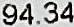
94.34